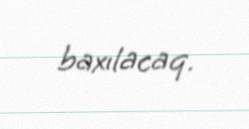
baxılacaq.